Physiological action of certain drugs in tablet form - Number 52A
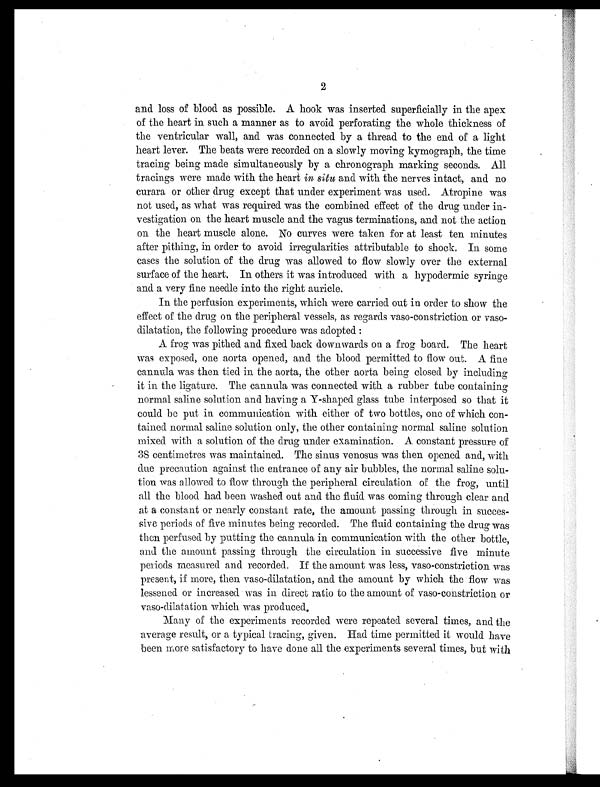
2
and loss of blood as possible. A hook was inserted superficially in the apex
of the heart in such a manner as to avoid perforating the whole thickness of
the ventricular wall, and was connected by a thread to the end of a light
heart lever. The beats were recorded on a slowly moving kymograph, the time
tracing being made simultaneously by a chronograph marking seconds. All
tracings were made with the heart in situ and with the nerves intact, and no
curara or other drug except that under experiment was used. Atropine was
not used, as what was required was the combined effect of the drug under in-
vestigation on the heart muscle and the vagus terminations, and not the action
on the heart muscle alone. No curves were taken for at least ten minutes
after pithing, in order to avoid irregularities attributable to shock. In some
cases the solution of the drug was allowed to flow slowly over the external
surface of the heart. In others it was introduced with a hypodermic syringe
and a very fine needle into the right auricle.
In the perfusion experiments, which were carried out in order to show the
effect of the drug on the peripheral vessels, as regards vaso-constriction or vaso-
dilatation, the following procedure was adopted :
A frog was pithed and fixed back downwards on a frog board. The heart
was exposed, one aorta opened, and the blood permitted to flow out. A fine
cannula was then tied in the aorta, the other aorta being closed by including
it in the ligature. The cannula was connected with a rubber tube containing
normal saline solution and having a Y-shaped glass tube interposed so that it
could be put in communication with either of two bottles, one of which con-
tained normal saline solution only, the other containing normal saline solution
mixed with a solution of the drug under examination. A constant pressure of
38 centimetres was maintained. The sinus venosus was then opened and, with
due precaution against the entrance of any air bubbles, the normal saline solu-
tion was allowed to flow through the peripheral circulation of the frog, until
all the blood had been washed out and the fluid was coming through clear and
at a constant or nearly constant rate, the amount passing through in succes-
sive periods of five minutes being recorded. The fluid containing the drug was
then perfused by putting the cannula in communication with the other bottle,
and the amount passing through the circulation in successive five minute
periods measured and recorded. If the amount was less, vaso-constriction was
present, if more, then vaso-dilatation, and the amount by which the flow was
lessened or increased was in direct ratio to the amount of vaso-constriction or
vaso-dilatation which was produced.
Many of the experiments recorded were repeated several times, and the
average result, or a typical tracing, given. Had time permitted it would have
been more satisfactory to have done all the experiments several times, but with